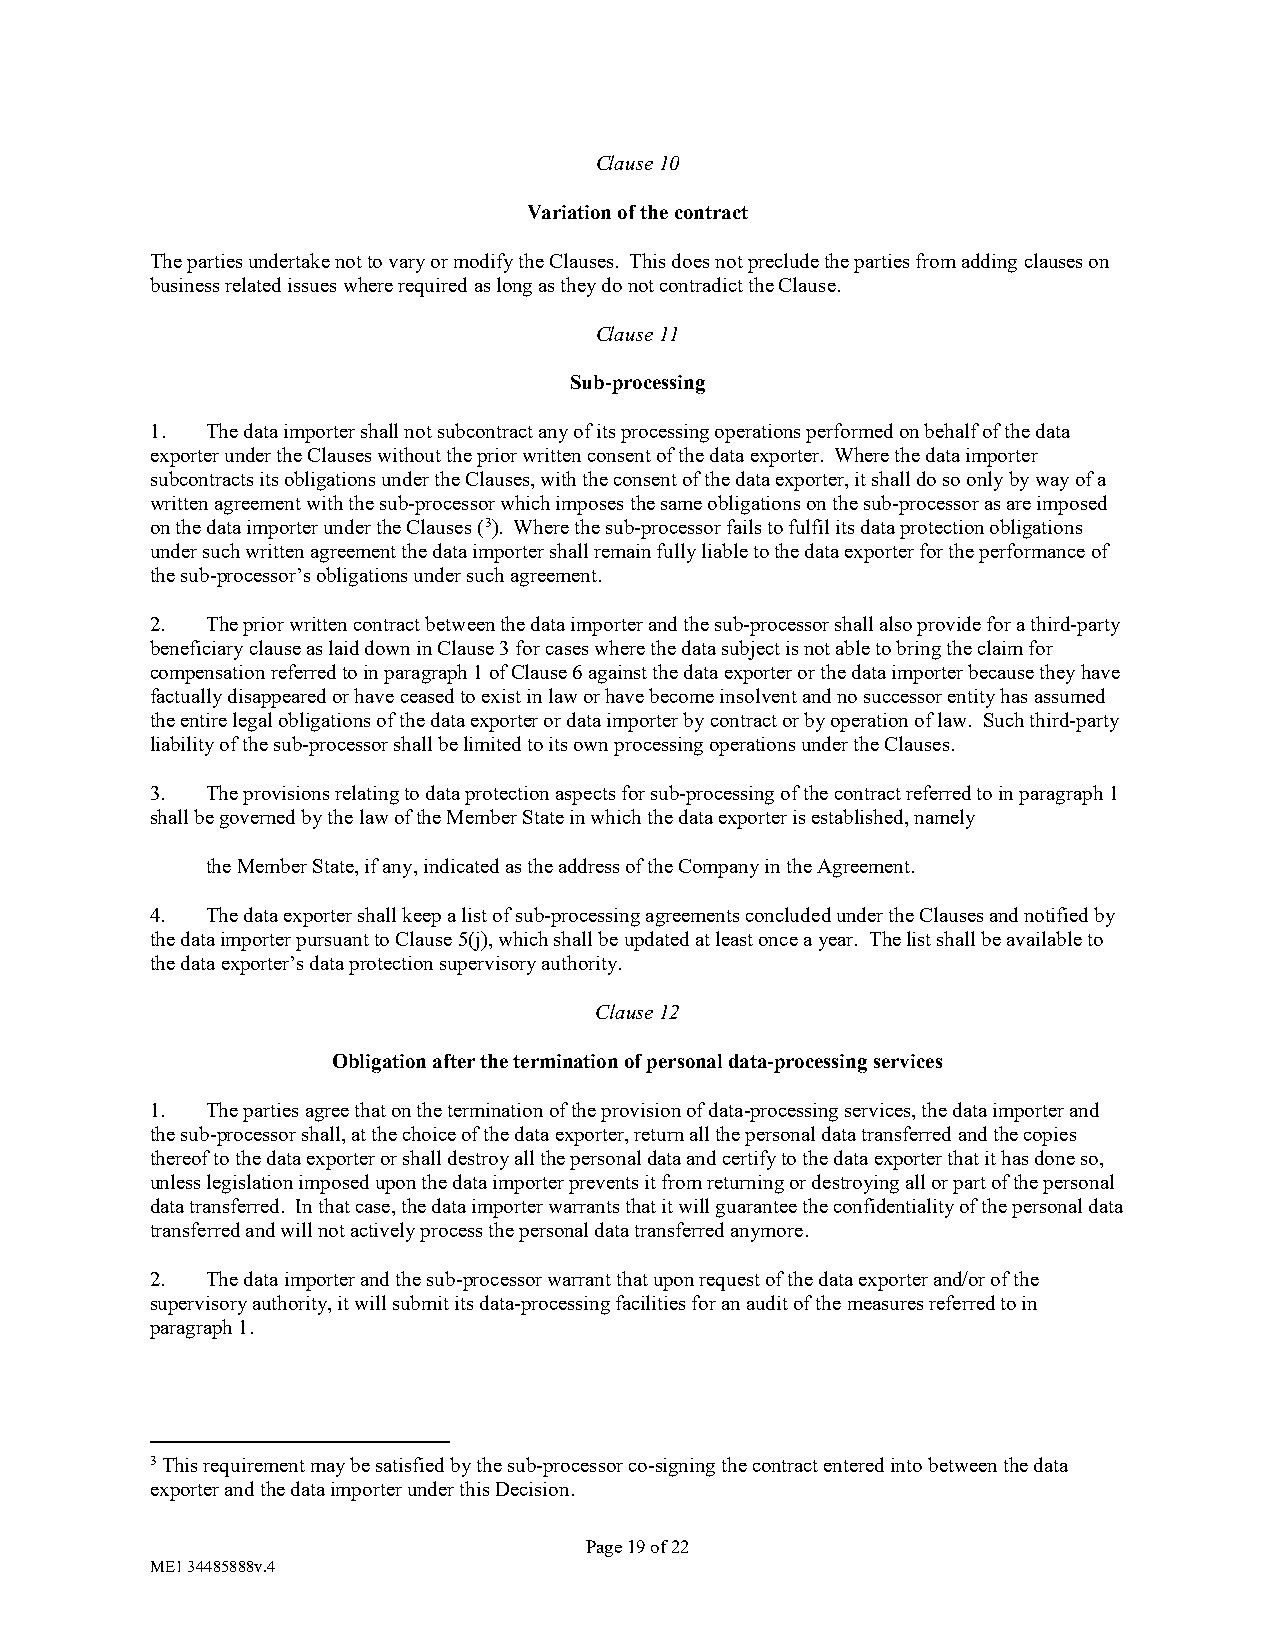
Clause 10
 Variation of the contract
 The parties undertake not to vary or modify the Clauses. This does not preclude the parties from adding clauses on
 business related issues where required as long as they do not contradict the Clause.
 Clause 11
 Sub-processing
 1.  The data importer shall not subcontract any of its processing operations performed on behalf of the data
 exporter under the Clauses without the prior written consent of the data exporter. Where the data importer
 subcontracts its obligations under the Clauses, with the consent of the data exporter, it shall do so only by way of a
 written agreement with the sub-processor which imposes the same obligations on the sub-processor as are imposed
 on the data importer under the Clauses (3). Where the sub-processor fails to fulfil its data protection obligations
 under such written agreement the data importer shall remain fully liable to the data exporter for the performance of
 the sub-processor’s obligations under such agreement.
 2.  The prior written contract between the data importer and the sub-processor shall also provide for a third-party
 beneficiary clause as laid down in Clause 3 for cases where the data subject is not able to bring the claim for
 compensation referred to in paragraph 1 of Clause 6 against the data exporter or the data importer because they have
 factually disappeared or have ceased to exist in law or have become insolvent and no successor entity has assumed
 the entire legal obligations of the data exporter or data importer by contract or by operation of law. Such third-party
 liability of the sub-processor shall be limited to its own processing operations under the Clauses.
 3.  The provisions relating to data protection aspects for sub-processing of the contract referred to in paragraph 1
 shall be governed by the law of the Member State in which the data exporter is established, namely
 the Member State, if any, indicated as the address of the Company in the Agreement.
 4.  The data exporter shall keep a list of sub-processing agreements concluded under the Clauses and notified by
 the data importer pursuant to Clause 5(j), which shall be updated at least once a year. The list shall be available to
 the data exporter’s data protection supervisory authority.
 Clause 12
 Obligation after the termination of personal data-processing services
 1.  The parties agree that on the termination of the provision of data-processing services, the data importer and
 the sub-processor shall, at the choice of the data exporter, return all the personal data transferred and the copies
 thereof to the data exporter or shall destroy all the personal data and certify to the data exporter that it has done so,
 unless legislation imposed upon the data importer prevents it from returning or destroying all or part of the personal
 data transferred. In that case, the data importer warrants that it will guarantee the confidentiality of the personal data
 transferred and will not actively process the personal data transferred anymore.
 2.  The data importer and the sub-processor warrant that upon request of the data exporter and/or of the
 supervisory authority, it will submit its data-processing facilities for an audit of the measures referred to in
 paragraph 1.
 3 This requirement may be satisfied by the sub-processor co-signing the contract entered into between the data
 exporter and the data importer under this Decision.
 Page 19 of 22
 ME1 34485888v.4